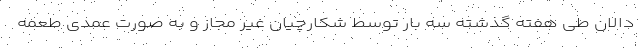
دالان طی هفته گذشته سه بار توسط شکارچیان غیر مجاز و به صورت عمدی طعمه